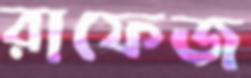
রাফেজ